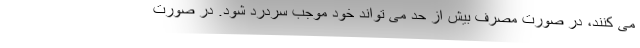
می کنند، در صورت مصرف بیش از حد می تواند خود موجب سردرد شود. در صورت